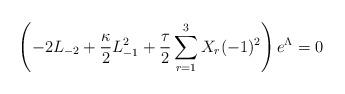
LaTeX: \begin{align*}\left(-2L_{-2}+\frac{\kappa}{2}L_{-1}^{2}+\frac{\tau}{2}\sum_{r=1}^{3}X_{r}(-1)^{2}\right)e^{\Lambda}=0\end{align*}